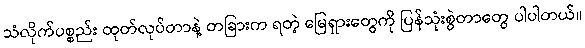
သံလိုက်ပစ္စည်း ထုတ်လုပ်တာနဲ့ တခြားက ရတဲ့ မြေရှားတွေကို ပြန်သုံးစွဲတာတွေ ပါပါတယ်။